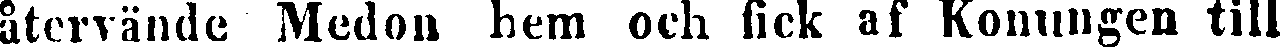
återvände Medon hem och fick af Konungen till